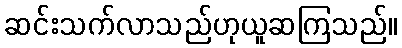
ဆင်းသက်လာသည်ဟုယူဆကြသည်။